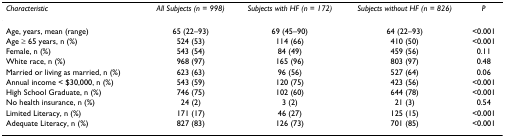
<table><thead><tr><td><b><i>Characteristic</i></b></td><td><b><i>All Subjects (n = 998)</i></b></td><td><b><i>Subjects with HF (n = 172)</i></b></td><td><b><i>Subjects without HF (n = 826)</i></b></td><td><b><i>P</i></b></td></tr></thead><tbody><tr><td>Age, years, mean (range)</td><td>65 (22–93)</td><td>69 (45–90)</td><td>64 (22–93)</td><td>&lt;0.001</td></tr><tr><td>Age ≥ 65 years, n (%)</td><td>524 (53)</td><td>114 (66)</td><td>410 (50)</td><td>&lt;0.001</td></tr><tr><td>Female, n (%)</td><td>543 (54)</td><td>84 (49)</td><td>459 (56)</td><td>0.11</td></tr><tr><td>White race, n (%)</td><td>968 (97)</td><td>165 (96)</td><td>803 (97)</td><td>0.48</td></tr><tr><td>Married or living as married, n (%)</td><td>623 (63)</td><td>96 (56)</td><td>527 (64)</td><td>0.06</td></tr><tr><td>Annual income &lt; $30,000, n (%)</td><td>543 (59)</td><td>120 (75)</td><td>423 (56)</td><td>&lt;0.001</td></tr><tr><td>High School Graduate, n (%)</td><td>746 (75)</td><td>102 (60)</td><td>644 (78)</td><td>&lt;0.001</td></tr><tr><td>No health insurance, n (%)</td><td>24 (2)</td><td>3 (2)</td><td>21 (3)</td><td>0.54</td></tr><tr><td>Limited Literacy, n (%)</td><td>171 (17)</td><td>46 (27)</td><td>125 (15)</td><td>&lt;0.001</td></tr><tr><td>Adequate Literacy, n (%)</td><td>827 (83)</td><td>126 (73)</td><td>701 (85)</td><td>&lt;0.001</td></tr></tbody></table>